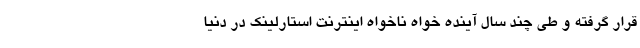
قرار گرفته و طی چند سال آینده خواه ناخواه اینترنت استارلینک در دنیا